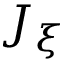
J _ { \xi }